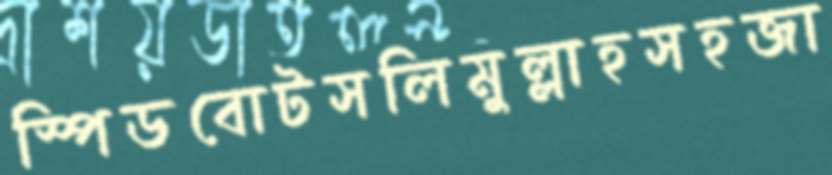
স্পিডবোটসলিমুল্লাহসহজা